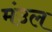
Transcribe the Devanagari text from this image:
मंउल